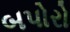
બપોરો